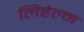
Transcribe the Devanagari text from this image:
लिहेल्म